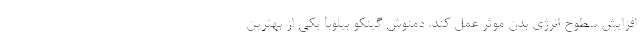
افزایش سطوح انرژی بدن موثر عمل کند. دمنوش گینکو بیلوبا یکی از بهترین